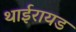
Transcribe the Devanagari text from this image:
थाईरायड